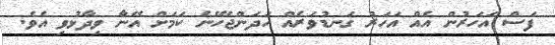
ފަސް އަހަރުން އެއް އަހަރު ގަނޑުވަރެއް ހަދަންޖެހޭނެ ކަމަށް އޭނާ ވިދާޅުވި އެވެ.